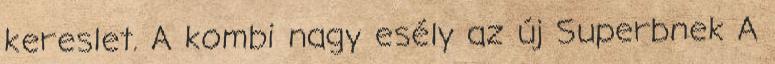
kereslet. A kombi nagy esély az új Superbnek A